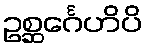
ဥစ္ဆင်္ဂေဟိပိ